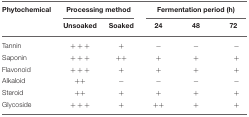
| Phytochemical | <COLSPAN=2> Processing method | <COLSPAN=3> Fermentation period (h) |
 |  | Unsoaked | Soaked | 24 | 48 | 72 |
 | --- | --- | --- | --- | --- | --- |
 | Tannin | +++ | + | − | − | − |
 | Saponin | +++ | ++ | + | + | + |
 | Flavonoid | +++ | + | + | + | + |
 | Alkaloid | ++ | − | − | − | − |
 | Steroid | ++ | + | + | + | + |
 | Glycoside | +++ | + | ++ | + | + |